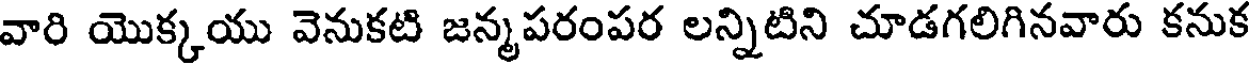
వారి యొక్కయు వెనుకటి జన్మపరంపర లన్నిటిని చూడగలిగినవారు కనుక